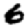
Digit: 6